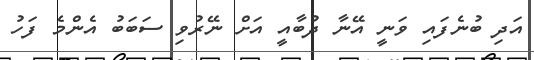
އަދި ބުނެފައި ވަނީ އޭނާ ދުބާއީ އަށް ނޭރުވި ސަބަބު އެންމެ ފަހު